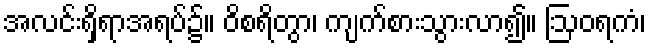
အလင်းရှိရာအရပ်၌။ ဝိစရိတွာ၊ ကျက်စားသွားလာ၍။ ဩဝရကံ၊